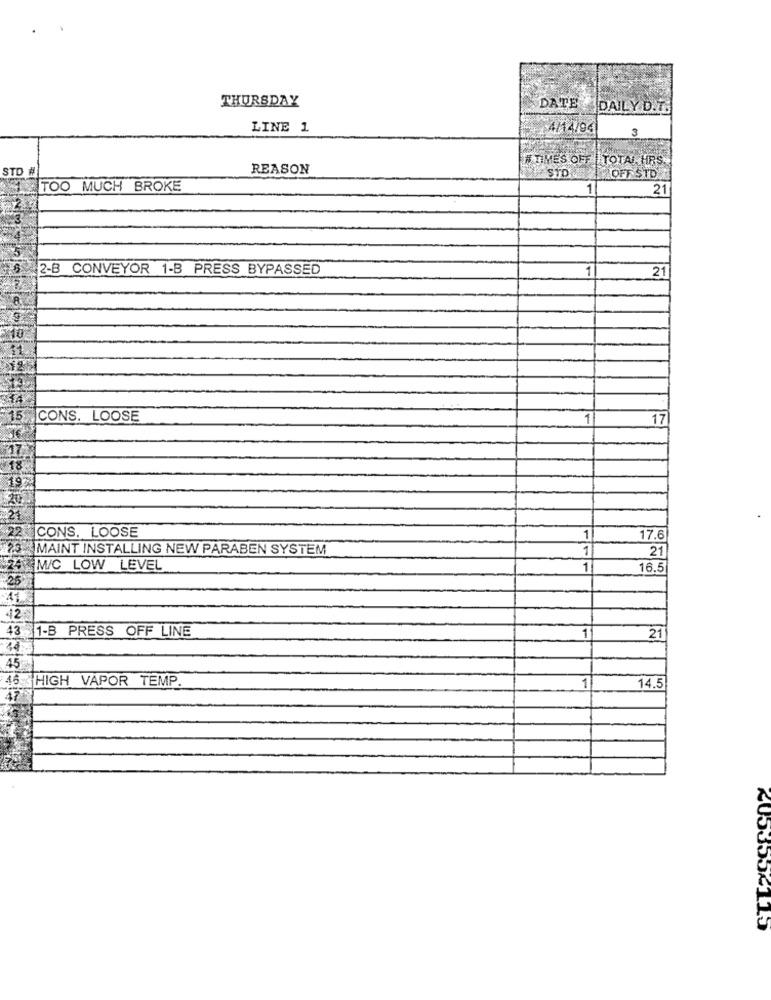
THURSDAY
DATE
DAILY D.I.
LINE 1
4/14/941
3
# TIMES OFF | TOTAL HRS.
STD #
REASON
HOFF STD
TOO MUCH BROKE
1
21
2-B CONVEYOR 1-B PRESS BYPASSED
1
21
CONS. LOOSE
1
17
22
CONS. LOOSE
1
17.6
MAINT INSTALLING NEW PARABEN SYSTEM
1
21
#24
M/C LOW LEVEL
1
16.5
25
42
43 1-B PRESS OFF LINE
1
21
45
46
HIGH VAPOR TEMP.
1
14.5